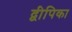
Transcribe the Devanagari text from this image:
द्वीपिका